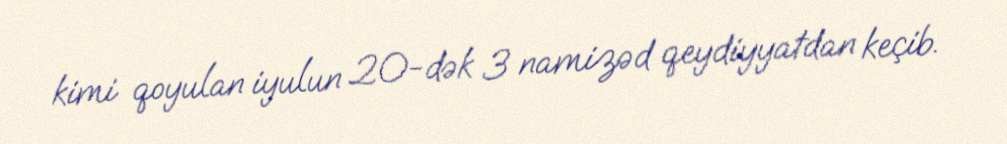
kimi qoyulan iyulun 20-dək 3 namizəd qeydiyyatdan keçib.